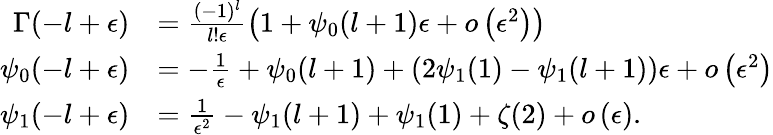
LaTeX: \begin{array}{rl}{\Gamma(-l+\epsilon)}&{=\frac{(-1)^{l}}{l!\epsilon}\left(1+\psi_{0}(l+1)\epsilon+o\left(\epsilon^{2}\right)\right)}\\ {\psi_{0}(-l+\epsilon)}&{=-\frac{1}{\epsilon}+\psi_{0}(l+1)+\left(2\psi_{1}(1)-\psi_{1}(l+1)\right)\epsilon+o\left(\epsilon^{2}\right)}\\ {\psi_{1}(-l+\epsilon)}&{=\frac{1}{\epsilon^{2}}-\psi_{1}(l+1)+\psi_{1}(1)+\zeta(2)+o\left(\epsilon\right).}\end{array}